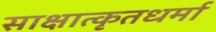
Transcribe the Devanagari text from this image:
साक्षात्कृतधर्मा